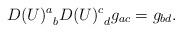
LaTeX: \begin{align*}{D(U)^a}_b {D(U)^c}_d g_{ac} = g_{bd} .\end{align*}